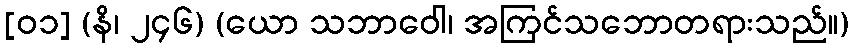
[၀၁] (နိ၊ ၂၄၆) (ယော သဘာဝေါ၊ အကြင်သဘောတရားသည်။)